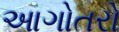
આગોતરો